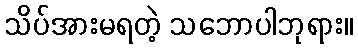
သိပ်အားမရတဲ့ သဘောပါဘုရား။